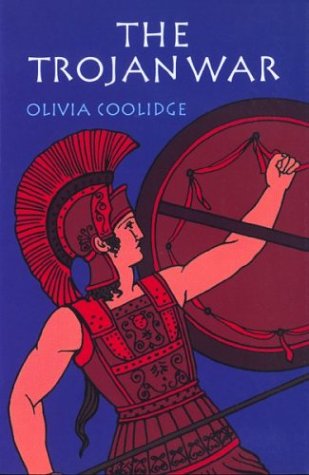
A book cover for The Trojan War; Olivia E Coolidge; Children's Books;